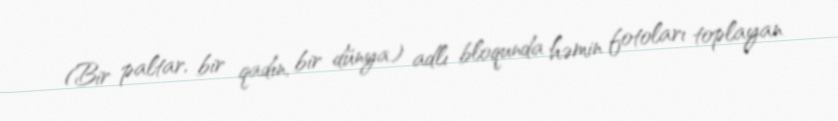
(Bir paltar, bir qadın, bir dünya) adlı bloqunda həmin fotoları toplayan